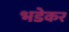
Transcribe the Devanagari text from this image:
भडेकर